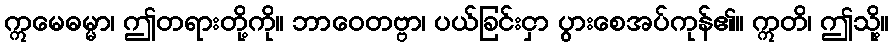
ဣမေဓမ္မာ၊ ဤတရားတို့ကို။ ဘာဝေတဗ္ဗာ၊ ပယ်ခြင်းငှာ ပွားစေအပ်ကုန်၏။ ဣတိ၊ ဤသို့။